Civil Veterinary Dept. Assam report 1911-1927 - 1911-1927
Year: 1911
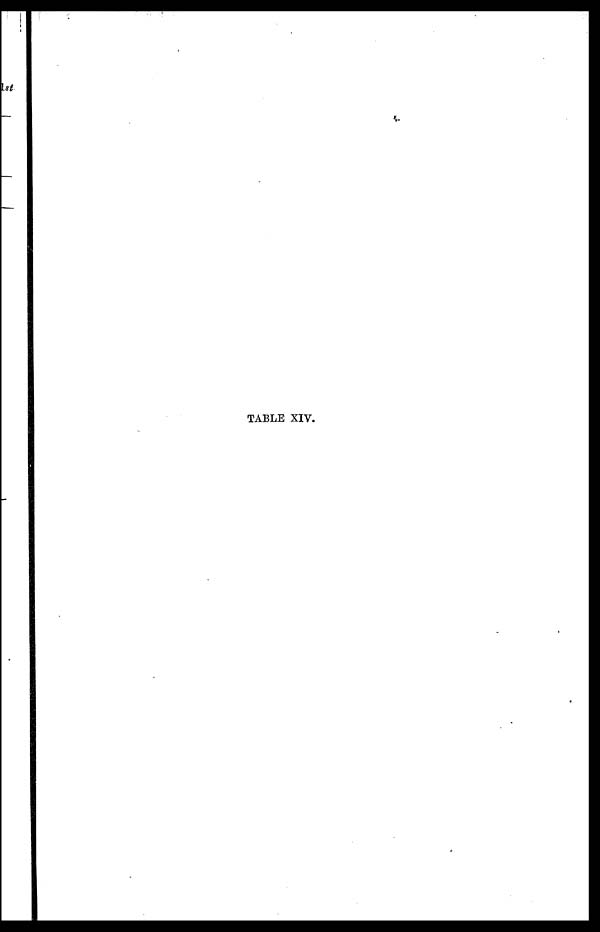
TABLE XIV.